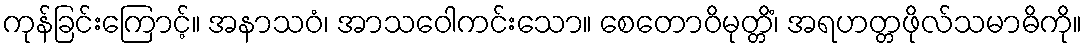
ကုန်ခြင်းကြောင့်။ အနာသဝံ၊ အာသဝေါကင်းသော။ စေတောဝိမုတ္တိံ၊ အရဟတ္တဖိုလ်သမာဓိကို။